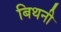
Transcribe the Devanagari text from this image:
बिथनी